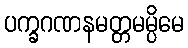
ပက္ခဂဏနမတ္တမမ္ပိမေ